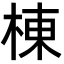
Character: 棟